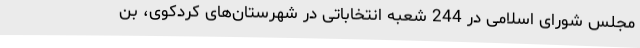
مجلس شورای اسلامی در 244 شعبه انتخاباتی در شهرستان‌های کردکوی، بن